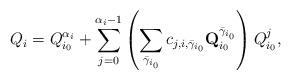
LaTeX: \begin{align*}Q_i=Q_{i_0}^{\alpha_i}+\sum\limits_{j=0}^{\alpha_i-1}\left(\sum\limits_{{\bar\gamma}_{i_0}}c_{j,i,{\bar\gamma}_{i_0}}\mathbf{Q}_{i_0}^{{\bar\gamma}_{i_0}}\right)Q_{i_0}^j,\end{align*}